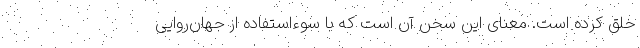
خلق کرده است. معنای این سخن آن است که با سوء‌استفاده از جهان‌روایی